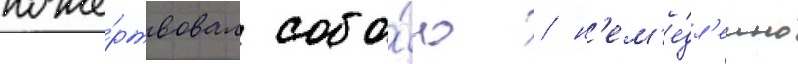
поже́ртвовал собо́ю / н'ем'е́дл'енно